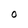
Character: O